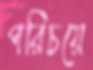
পরিচয়ে